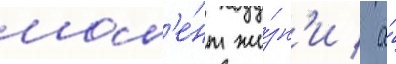
мом'е́нт жи́зн'и / а́